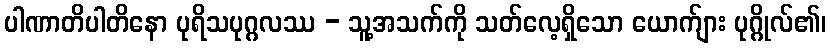
ပါဏာတိပါတိနော ပုရိသပုဂ္ဂလဿ - သူ့အသက်ကို သတ်လေ့ရှိသော ယောက်ျား ပုဂ္ဂိုလ်၏၊